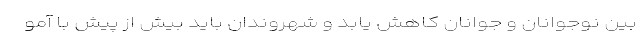
بین نوجوانان و جوانان کاهش یابد و شهروندان باید بیش از پیش با آمو